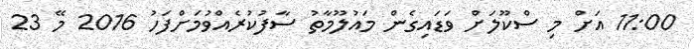
11:00 އަށް މި ސްކޫލަށް ވަޑައިގެން މައުލޫމާތު ސާފުކުރެއްވުމަށްފަހު 2016 މޭ 23